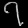
Digit: ၇